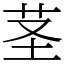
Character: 茎